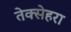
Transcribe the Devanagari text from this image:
तेक्सेहरा